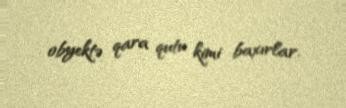
obyektə qara qutu kimi baxırlar.